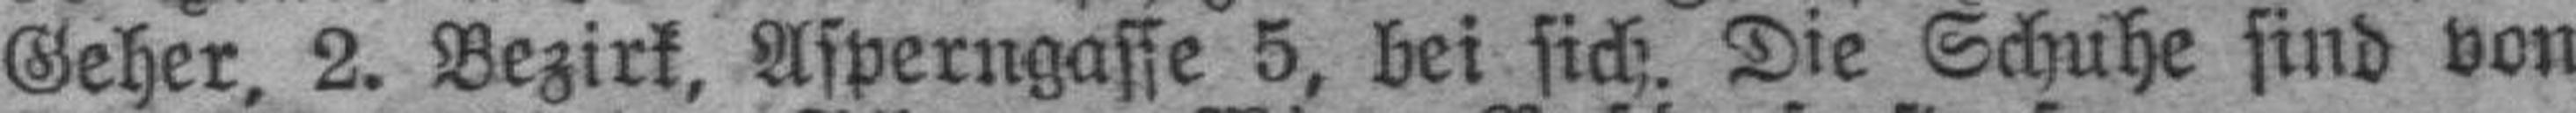
Geher, 2. Bezirk. Asperngasse 5, bei sich. Die Schuhe sind von